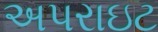
અપરાઇટ